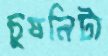
চুষনিটা